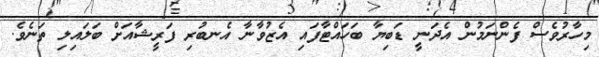
މިހާރުވެސް ފެންނަމުން އެދަނީ ޑަބިޔާ ބަހައްޓާފައި އެޒުވާނާ އެނބުރި ފަރީޝާއަށް ބަލައިލި ތަނެވެ.